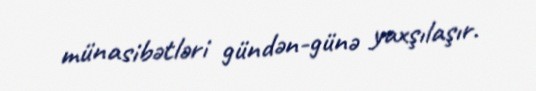
münasibətləri gündən-günə yaxşılaşır.